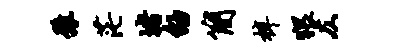
豫茫堵劭简梓猥仄